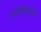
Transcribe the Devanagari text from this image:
नाकेखिंडीचे